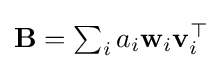
\mathbf {B} =\textstyle \sum _{i}a_{i}\mathbf {w} _{i}\mathbf {v} _{i}^{\top }